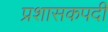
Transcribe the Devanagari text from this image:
प्रशासकपदी